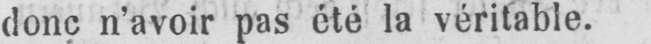
donc n’avoir pas été la véritable.